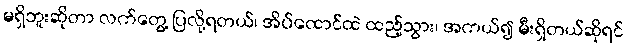
မရှိဘူးဆိုတာ လက်တွေ့ ပြလို့ရတယ်၊ အိပ်ထောင်ထဲ ထည့်သွား၊ အကယ်၍ မီးရှိတယ်ဆိုရင်